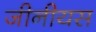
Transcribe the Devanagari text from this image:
जीनीयस